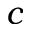
c